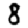
Digit: 8